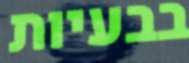
בבעיות